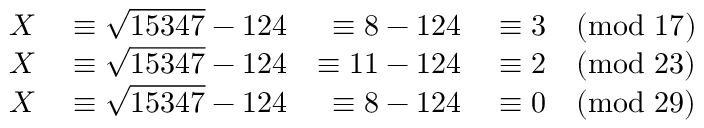
\begin{array} { r l r l } { X } & { { } \equiv { \sqrt { 1 5 3 4 7 } } - 1 2 4 } & { \equiv 8 - 1 2 4 } & { { } \equiv 3 { \pmod { 1 7 } } } \\ { X } & { { } \equiv { \sqrt { 1 5 3 4 7 } } - 1 2 4 } & { \equiv 1 1 - 1 2 4 } & { { } \equiv 2 { \pmod { 2 3 } } } \\ { X } & { { } \equiv { \sqrt { 1 5 3 4 7 } } - 1 2 4 } & { \equiv 8 - 1 2 4 } & { { } \equiv 0 { \pmod { 2 9 } } } \end{array}